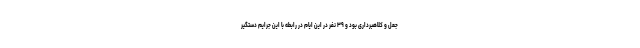
جعل و کلاهبرداری بود و ۳۹ نفر در این ایام در رابطه با این جرایم دستگیر